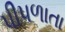
પીપળાતા